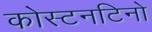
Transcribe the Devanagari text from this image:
कोस्टनटिनो